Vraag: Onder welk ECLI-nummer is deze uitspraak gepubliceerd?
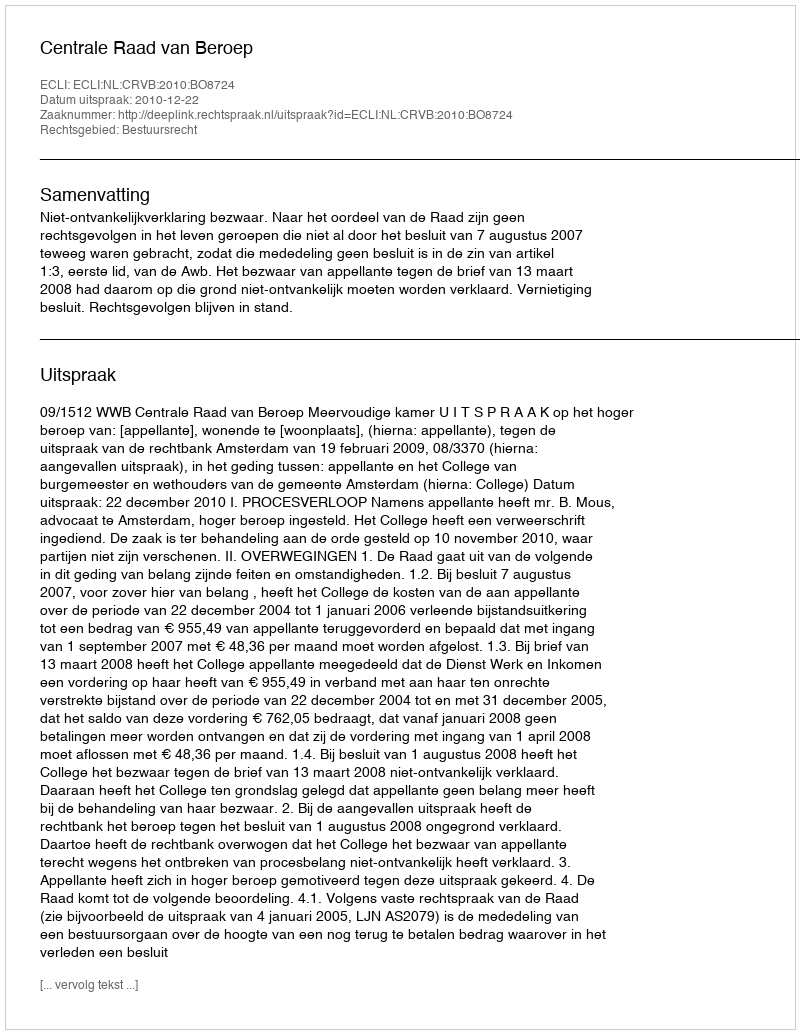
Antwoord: ECLI:NL:CRVB:2010:BO8724